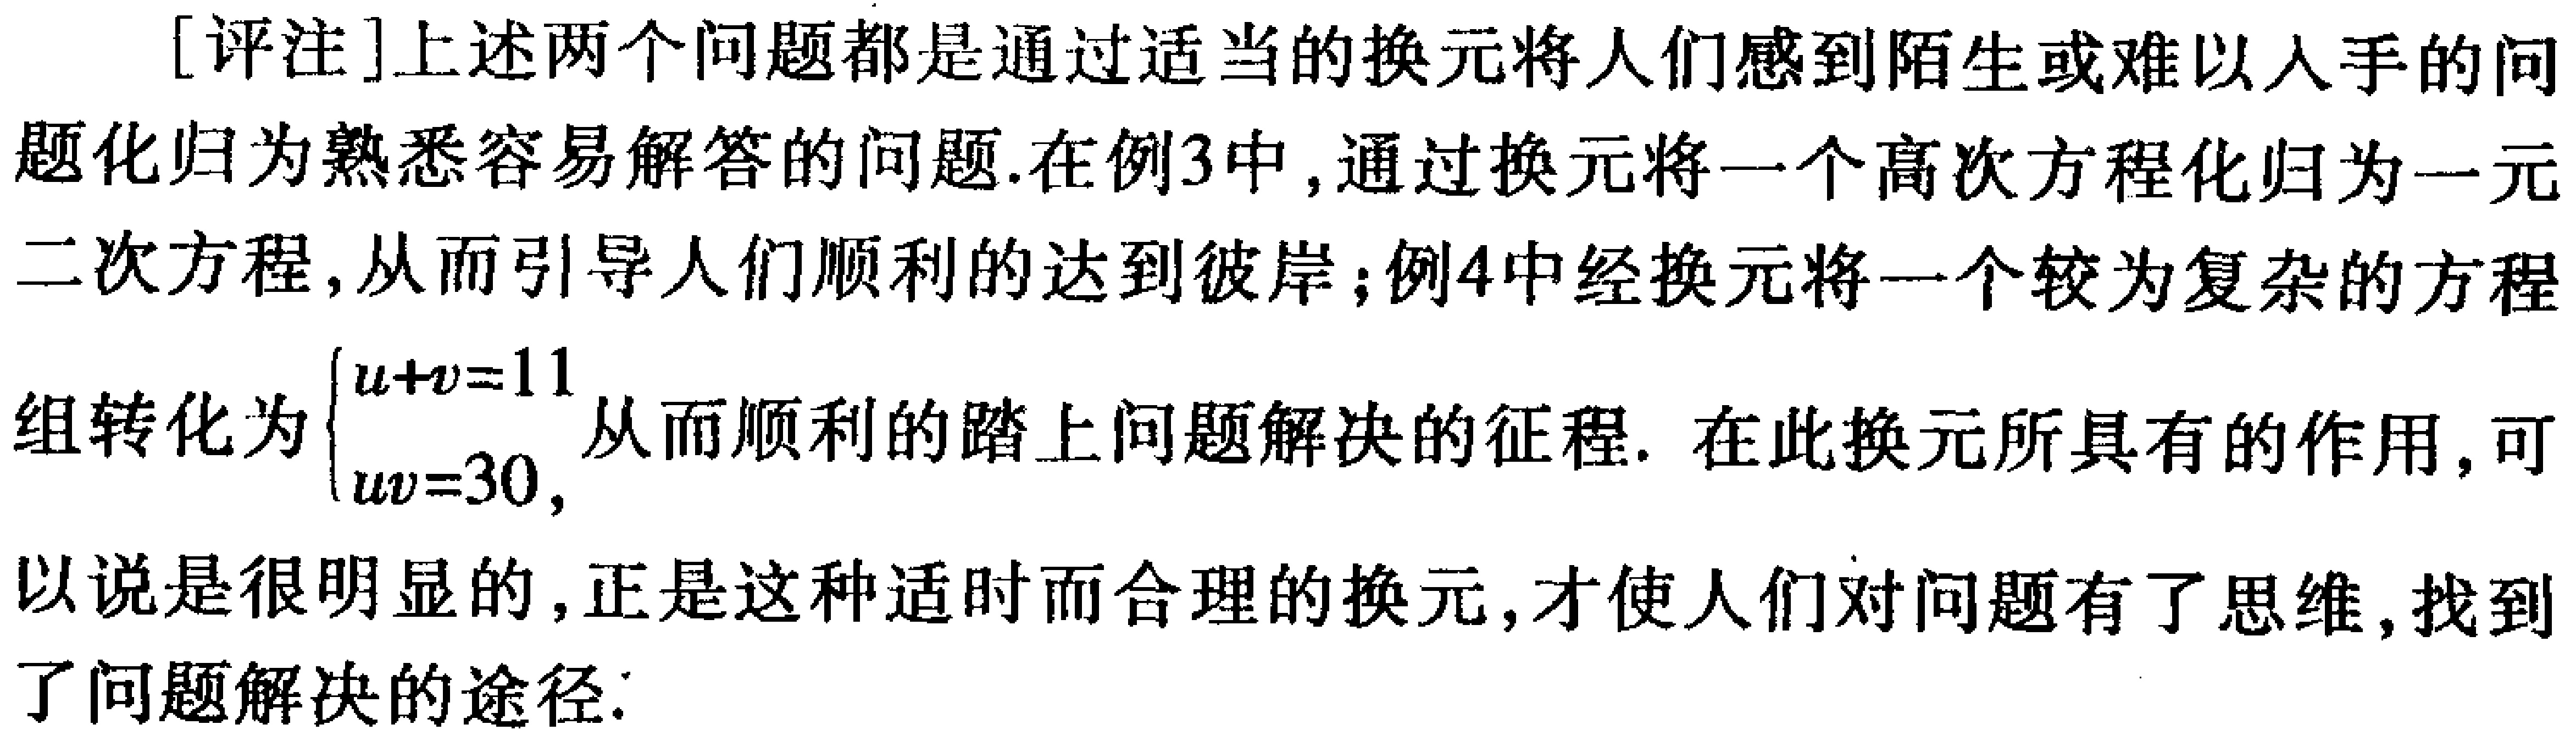
[评注]上述两个问题都是通过适当的换元将人们感到陌生或难以人手的问题化归为熟悉容易解答的问题.在例3中,通过换元将一个高次方程化归为一元二次方程,从而引导人们顺利的达到彼岸;例4中经换元将一个较为复杂的方程组转化为$\begin{cases}u + v = 11\\uv = 30\end{cases}$,从而顺利的踏上问题解决的征程. 在此换元所具有的作用,可以说是很明显的,正是这种适时而合理的换元,才使人们对问题有了思维,找到了问题解决的途径.